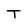
Character: T